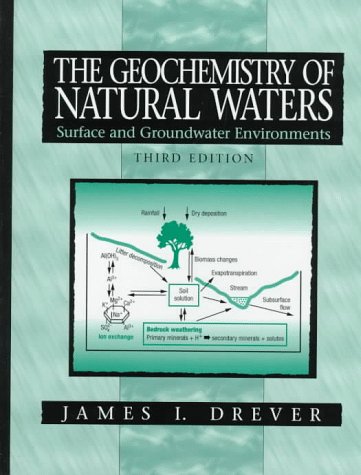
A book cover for The Geochemistry of Natural Waters: Surface and Groundwater Environments (3rd Edition); James I. Drever; Science & Math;